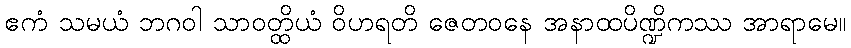
ဧကံ သမယံ ဘဂဝါ သာဝတ္ထိယံ ဝိဟရတိ ဇေတဝနေ အနာထပိဏ္ဍိကဿ အာရာမေ။